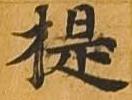
提